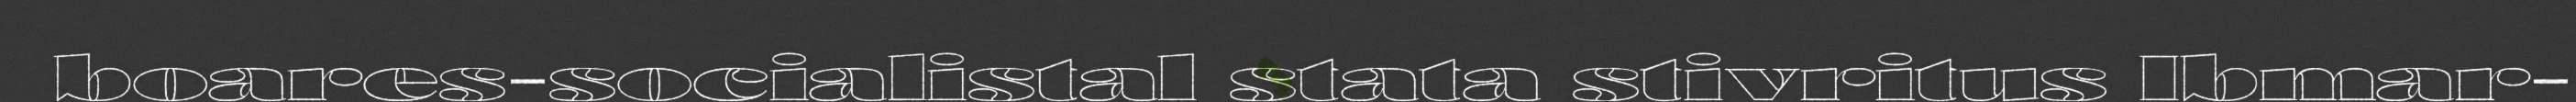
boares-socialistal stata stivritus Ibmar-